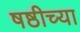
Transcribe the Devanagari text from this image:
षष्ठीच्या